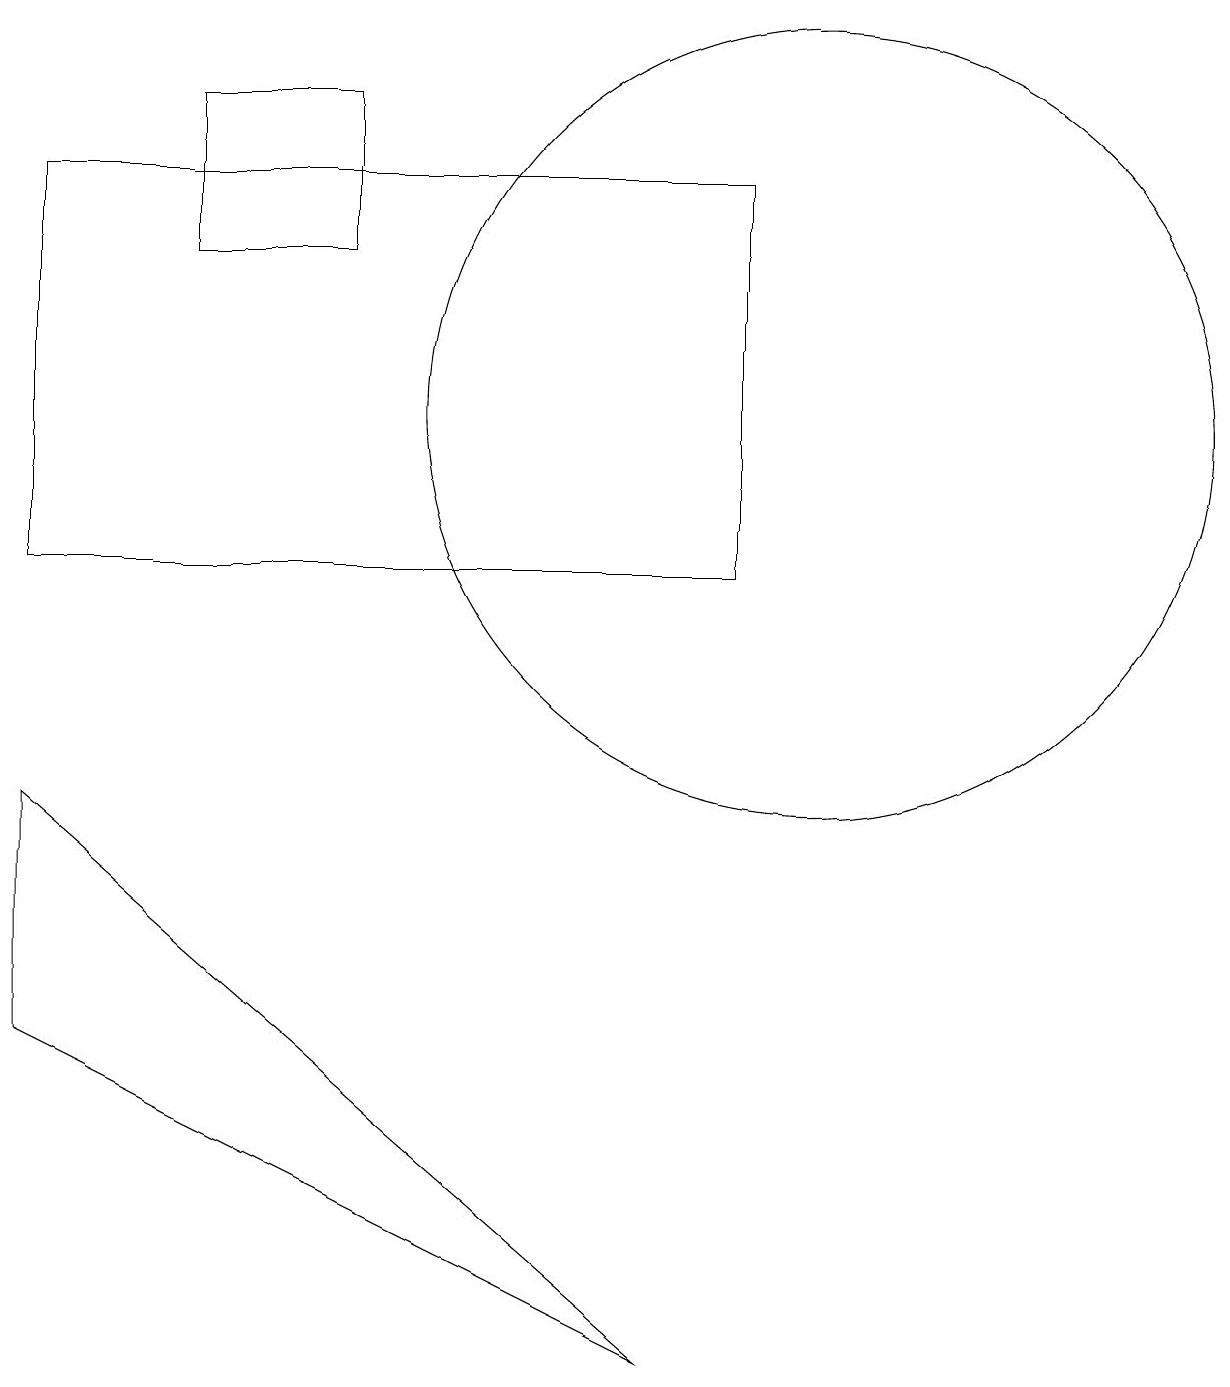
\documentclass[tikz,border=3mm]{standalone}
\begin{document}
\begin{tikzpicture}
\draw (2,14) rectangle (4,16);
\draw (0,4) -- (0,7) -- (8,0) -- cycle;
\draw (10,12) circle (5);
\draw (9,10) rectangle (0,15);
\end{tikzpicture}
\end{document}